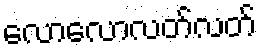
လောလောလတ်လတ်